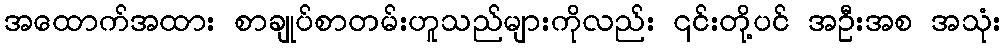
အထောက်အထား စာချုပ်စာတမ်းဟူသည်များကိုလည်း ၎င်းတို့ပင် အဦးအစ အသုံး